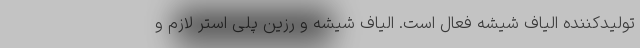
تولیدکننده الیاف شیشه فعال است. الیاف شیشه و رزین پلی استر لازم و